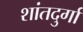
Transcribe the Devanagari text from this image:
शांतदुर्गा